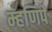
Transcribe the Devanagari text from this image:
म्हणिपे